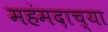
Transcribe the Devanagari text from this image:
महंमदाच्या